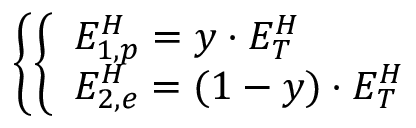
\left\{ \left\{ \begin{array} { l l } { { E _ { 1 , p } ^ { H } = y \cdot E _ { T } ^ { H } } } \\ { { E _ { 2 , e } ^ { H } = ( 1 - y ) \cdot E _ { T } ^ { H } } } \end{array} \right. \right.